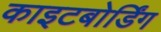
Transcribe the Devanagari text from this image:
काइटबोर्डिंग